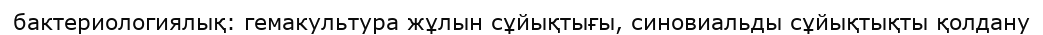
бактериологиялық: гемакультура жұлын сұйықтығы, синовиальды сұйықтықты қолдану